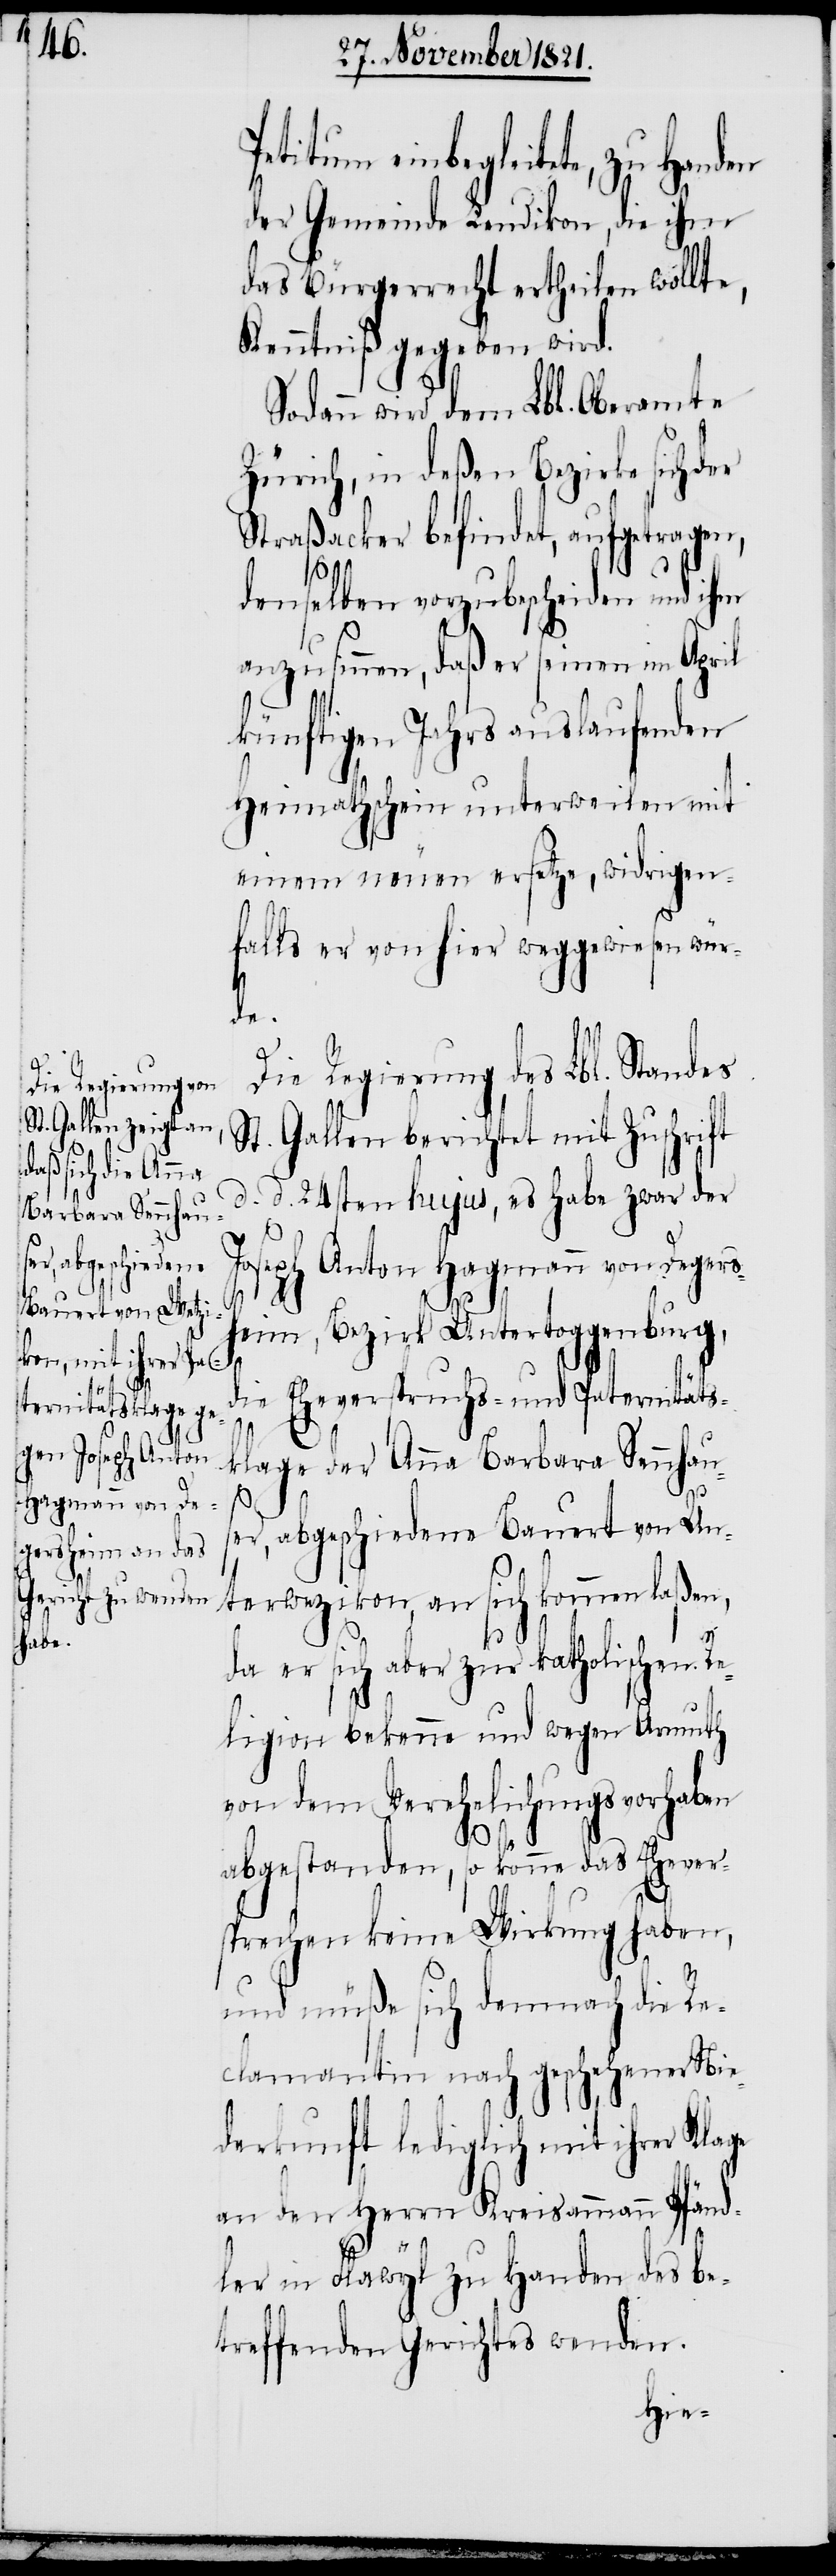
einbegleitete, zu Handen
der Gemeinde Lendikon, die ihm
das Bürgerrecht ertheilen wollte,
Kenntniß gegeben wird.
Sodann wird dem Lbl. Oberamte
Zürich, in deßen Bezirke sich der
Straßacker befindet, aufgetragen,
denselben vorzubescheiden und ihn
anzusinnen, daß er seinen im April
künftigen Jahrs auslaufenden
Heimathschein unterweilen mit
einem neuen ersetze, wirdrigen¬
falls er von hier weggewiesen wür¬
de.
Die Regierung des Lbl. Standes
St. Gallen berichtet mit Zuschrift
d. d. 24sten hujus, es habe zwar der
Joseph Anton Hagmann von Degers¬
heim, Bezirk Untertoggenburg,
die Eheverspruchs- und Paternitäts¬
klage der Anna Barbara Sennhau¬
ser, abgeschiedene Bauert von Un¬
terwezikon, an sich kommen laßen,
da er sich aber zur katholischen Re¬
ligion bekenne und wegen Armuth
von dem Verehelichungsvorhaben
abgestanden, so könne das Ehever¬
sprechen keine Wirkung haben,
und müße sich demnach die Re¬
clamantin nach geschehener Nie¬
derkunft lediglich mit ihrer Klage
an den Herrn Kreisammann Pfänd¬
ler in Flawyl zu Handen des be¬
treffenden Gerichtes wenden.